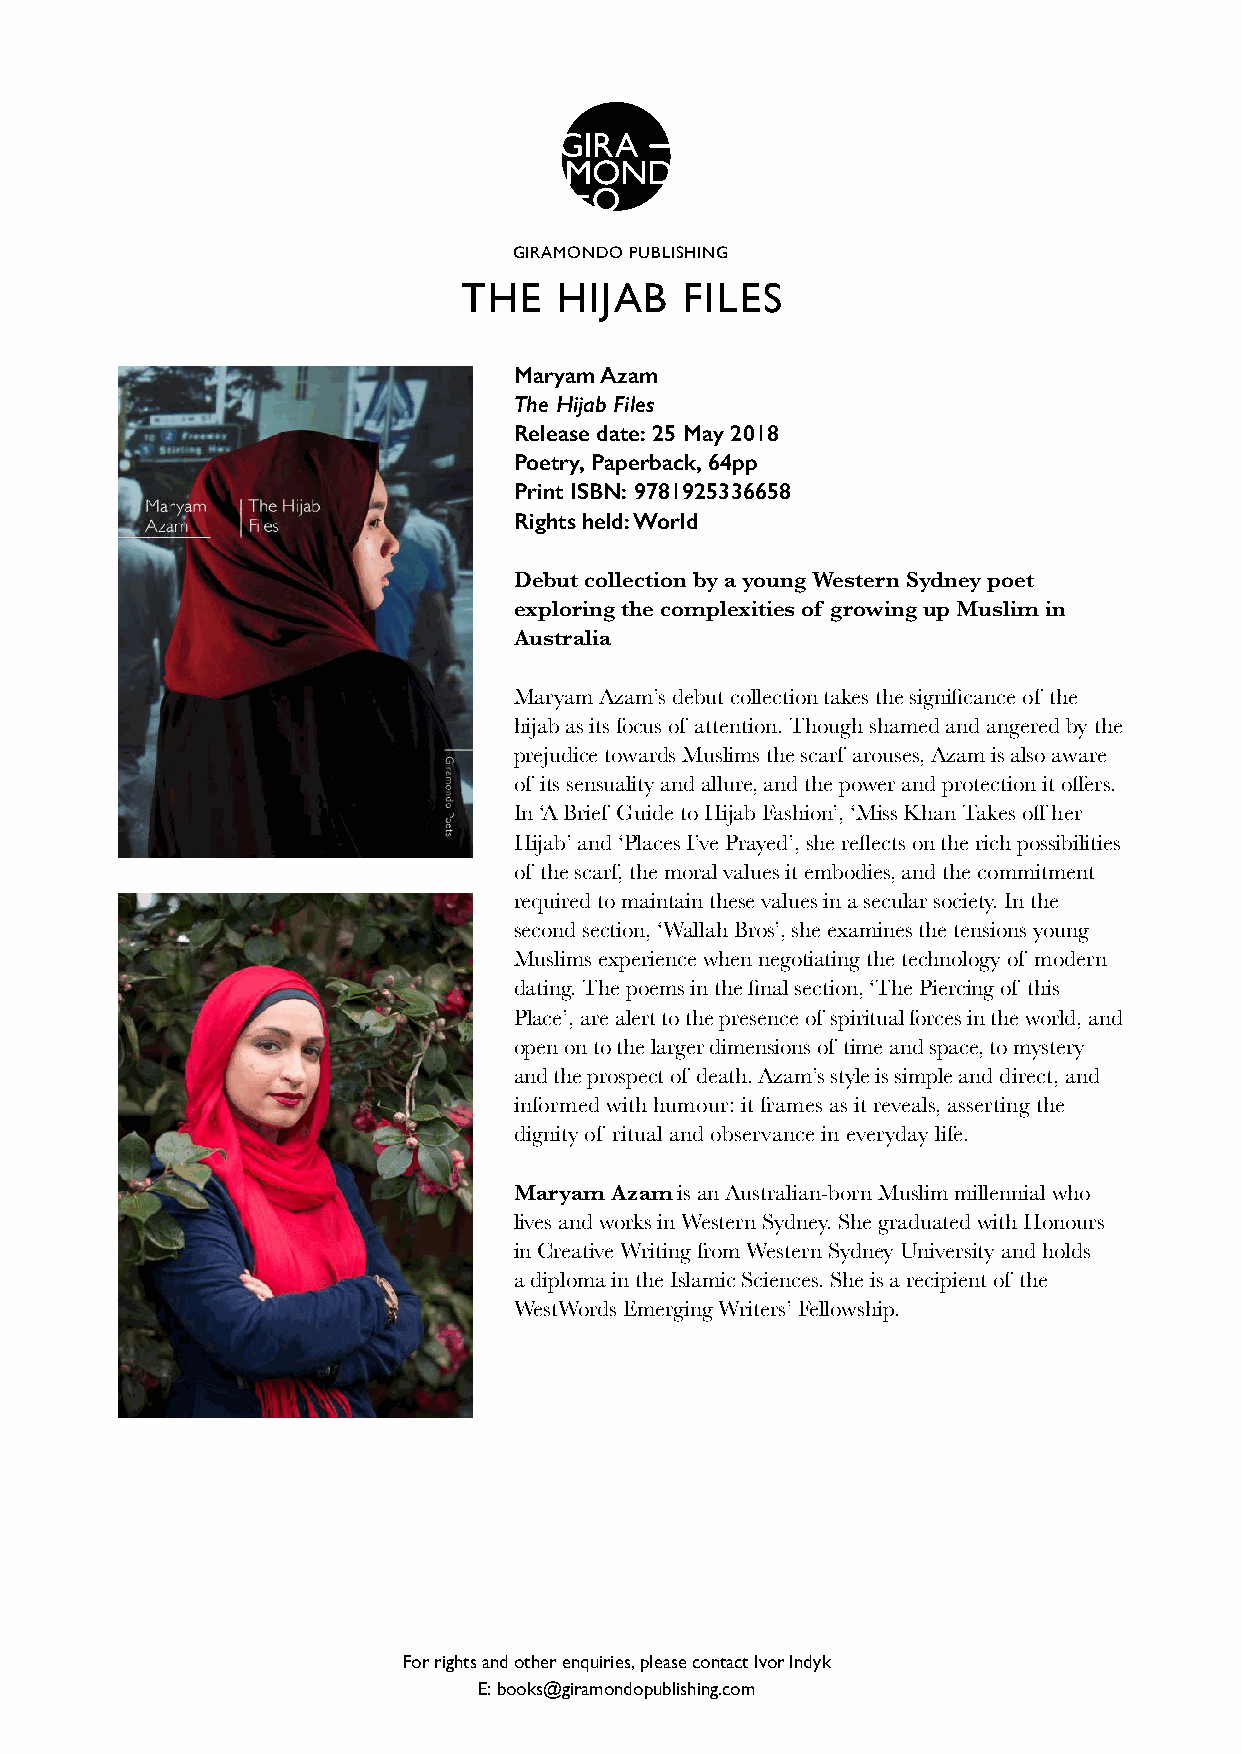
GIRAMONDO PUBLISHING
 THE    HIJAB   FILES
 Maryam Azam
 The Hijab Files
 Release date: 25 May 2018
 Poetry, Paperback, 64pp
 Print ISBN: 9781925336658
 Rights held: World
 Debut collection by a young Western Sydney poet
 exploring the complexities of growing up Muslim in
 Australia
 Maryam Azam’s debut collection takes the significance of the
 hijab as its focus of attention. Though shamed and angered by the
 prejudice towards Muslims the scarf arouses, Azam is also aware
 of its sensuality and allure, and the power and protection it offers.
 In ‘A Brief Guide to Hijab Fashion’, ‘Miss Khan Takes off her
 Hijab’ and ‘Places I’ve Prayed’, she reflects on the rich possibilities
 of the scarf, the moral values it embodies, and the commitment
 required to maintain these values in a secular society. In the
 second section, ‘Wallah Bros’, she examines the tensions young
 Muslims experience when negotiating the technology of modern
 dating. The poems in the final section, ‘The Piercing of this
 Place’, are alert to the presence of spiritual forces in the world, and
 open on to the larger dimensions of time and space, to mystery
 and the prospect of death. Azam’s style is simple and direct, and
 informed with humour: it frames as it reveals, asserting the
 dignity of ritual and observance in everyday life.
 Maryam Azam is an Australian-born Muslim millennial who
 lives and works in Western Sydney. She graduated with Honours
 in Creative Writing from Western Sydney University and holds
 a diploma in the Islamic Sciences. She is a recipient of the
 WestWords Emerging Writers’ Fellowship.
 For rights and other enquiries, please contact Ivor Indyk
 E: books@giramondopublishing.com